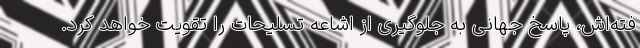
فته‌اش، پاسخ جهانی به جلوگیری از اشاعه تسلیحات را تقویت خواهد کرد.